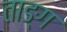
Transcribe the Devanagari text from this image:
ताङ्ग